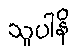
သူပါနိ